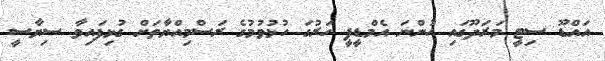
އައްޑޫ ސިޓީ މަރަދޫގައި ހުންނަ އެމްޑީޕީ ހަރުގަ ހުޅުވުމުގެ ރަސްމިއްޔާތަށް ގުޅިފައިވާ ސިޔާސީ